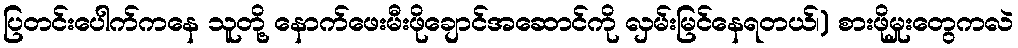
ပြတင်းပေါက်ကနေ သူတို့ နောက်ဖေးမီးဖိုချောင်အဆောင်ကို လှမ်းမြင်နေရတယ်၊) စားဖိုမှုးတွေကလဲ